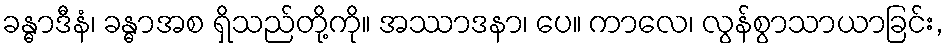
ခန္ဓာဒီနံ၊ ခန္ဓာအစ ရှိသည်တို့ကို။ အဿာဒနာ၊ ပေ။ ကာလေ၊ လွန်စွာသာယာခြင်း,